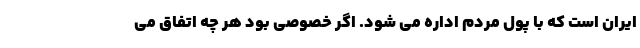
ایران است که با پول مردم اداره می شود. اگر خصوصی بود هر چه اتفاق می